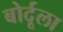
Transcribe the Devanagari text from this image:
बोर्दूला